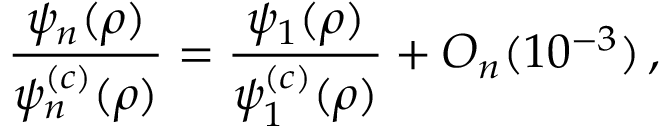
\frac { \psi _ { n } ( \rho ) } { \psi _ { n } ^ { ( c ) } ( \rho ) } = \frac { \psi _ { 1 } ( \rho ) } { \psi _ { 1 } ^ { ( c ) } ( \rho ) } + O _ { n } ( 1 0 ^ { - 3 } ) \, ,